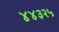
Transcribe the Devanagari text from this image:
४४३२५